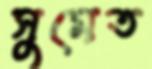
সুমেত